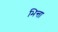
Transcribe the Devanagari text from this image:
भिन्ता